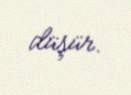
düşür.